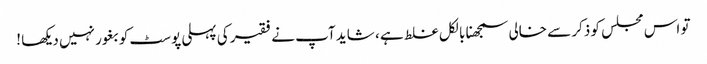
تو اس مجلس کو ذکر سے خالی سمجھنا بالکل غلط ہے ، شاید آپ نے فقیر کی پہلی پوسٹ کو بغور نہیں دیکھا !